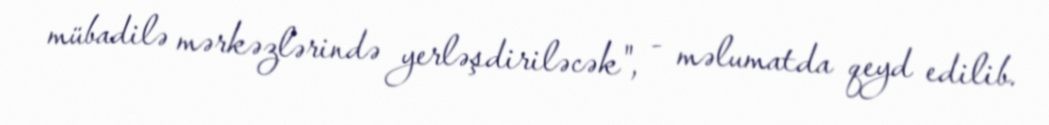
mübadilə mərkəzlərində yerləşdiriləcək", - məlumatda qeyd edilib.